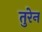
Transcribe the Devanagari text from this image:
तुरेन